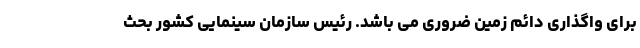
برای واگذاری دائم زمین ضروری می باشد. رئیس سازمان سینمایی کشور بحث